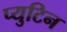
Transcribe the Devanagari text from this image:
प्युटिन